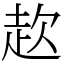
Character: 赼